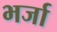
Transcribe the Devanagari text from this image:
भर्जा